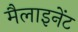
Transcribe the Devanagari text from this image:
मैलाइनेंट